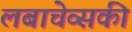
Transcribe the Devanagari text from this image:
लबाचेव्सकी